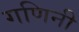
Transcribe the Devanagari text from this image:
गणिनी